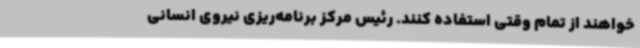
خواهند از تمام وقتی استفاده کنند. رئیس مرکز برنامه‌ریزی نیروی انسانی